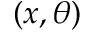
( x , \theta )